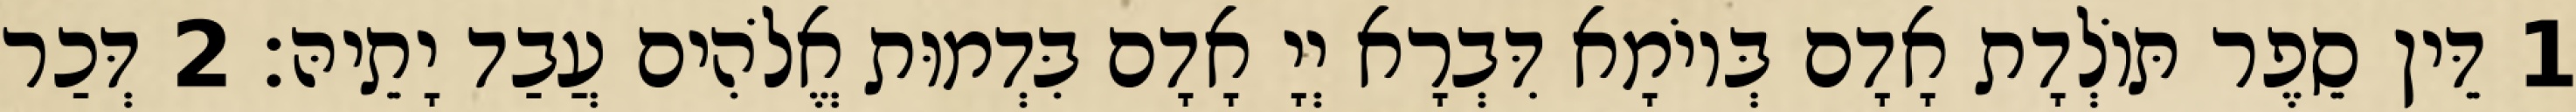
1 דֵּין סֵפֶר תּוֹלְדָת אָדָם בְּיוֹמָא דִּבְרָא יְיָ אָדָם בִּדְמוּת אֱלֹהִים עֲבַד יָתֵיהּ׃ 2 דְּכַר